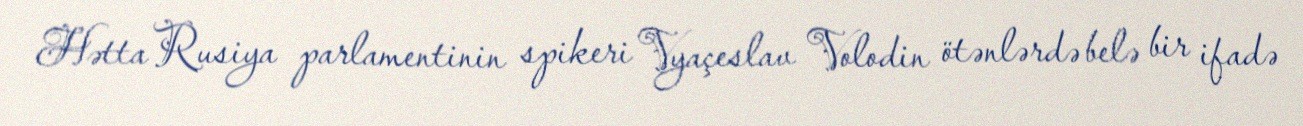
Hətta Rusiya parlamentinin spikeri Vyaçeslav Volodin ötənlərdə belə bir ifadə